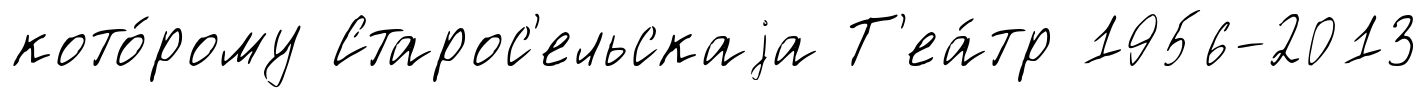
кото́рому Старос'ельскаjа Т'еа́тр 1956-2013